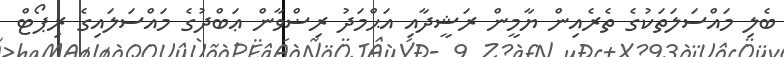
ބެލި މައްސަލަތަކުގެ ތެރެއިން ޔާމީން ރަޝީދާއި އަޙްމަދު ރިޟްވާން ޢަބްދުގެ މައްސަލައިގެ ރިޕޯޓް